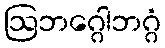
ဩဘဂ္ဂေါဘဂ္ဂံ